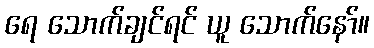
ရေ သောက်ချင်ရင် ယူ သောက်နော်။